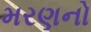
મરણનો